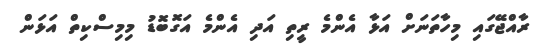
ރާއްޖޭގައި މިހާތަނަށް އަޅާ އެންމެ ރީތި އަދި އެންމެ އަގޮބޮޑު މިމިސްކިތް އަޅަން